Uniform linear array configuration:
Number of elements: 4
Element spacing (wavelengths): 0.25
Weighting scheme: blackman
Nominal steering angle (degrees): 15
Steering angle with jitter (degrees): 15.555
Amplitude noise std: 0.05
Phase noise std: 0.05

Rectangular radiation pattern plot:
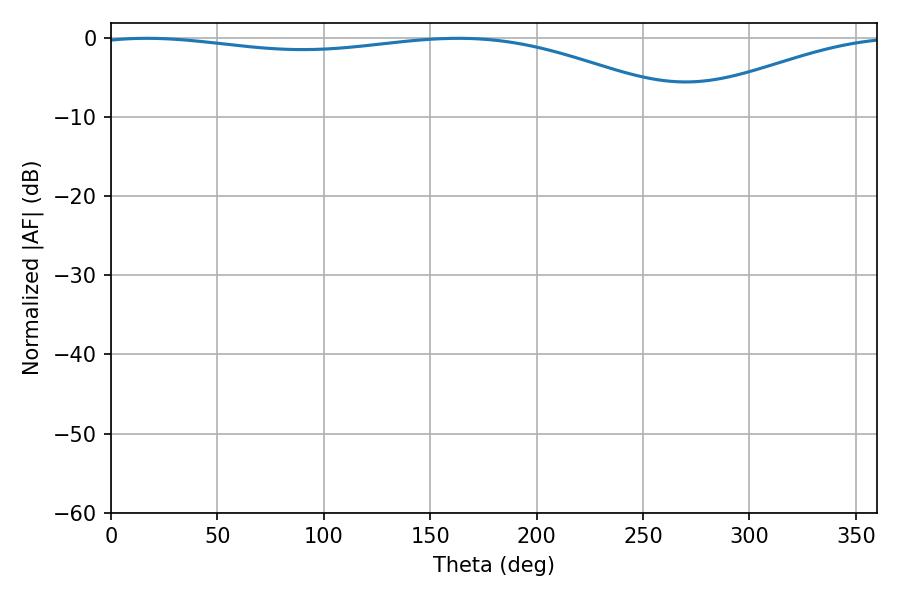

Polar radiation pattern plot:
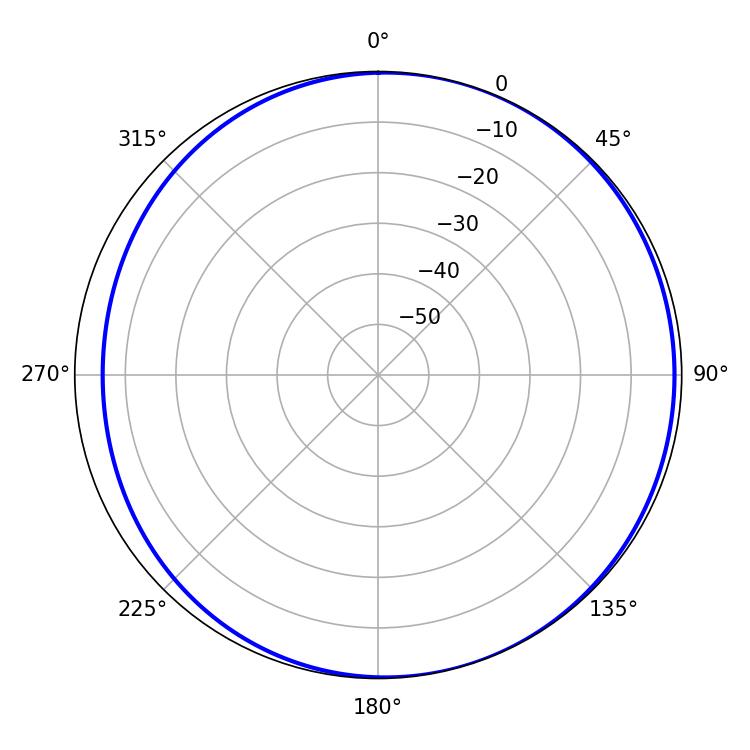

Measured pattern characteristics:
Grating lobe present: FALSE
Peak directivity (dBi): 4.076
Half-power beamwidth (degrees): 225.18
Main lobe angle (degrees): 16.92